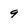
Character: 9